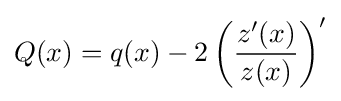
Q(x)=q(x)-2\left({\frac {z'(x)}{z(x)}}\right)'